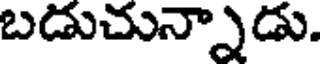
బడుచున్నాడు.